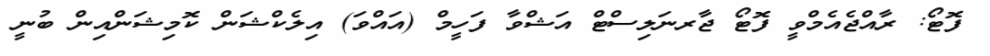
ފޮޓޯ: ރާއްޖެއެމްވީ ފޮޓޯ ޖާރނަލިސްޓް އަޝްވާ ފަހީމް (އައްވަ) އިލެކްޝަން ކޮމިޝަންއިން ބުނީ